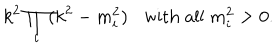
LaTeX: k ^ { 2 } \prod _ { i } ^ { } ( { k } ^ { 2 } - { m } _ { i } ^ { 2 } ) \mathrm { w i t h } \; \mathrm { a l l } \; { m } _ { i } ^ { 2 } > 0 .